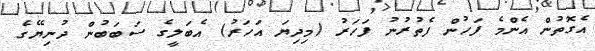
އެގޮތުން އެންމެ ފަހުން ފެތުރުނު ފަހަރު (މިދިޔަ އަހަރު) އެބަލީގެ ސަބަބުން ދުނިޔޭގެ